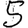
Digit: 5